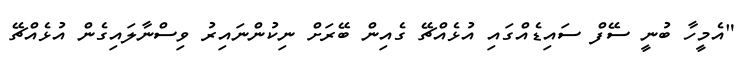
"އެމީހާ ބުނީ ސޭފް ސައިޑެއްގައި އުޅެއްޗޭ ގެއިން ބޭރަށް ނިކުންނައިރު ވިސްނާލައިގެން އުޅެއްޗޭ